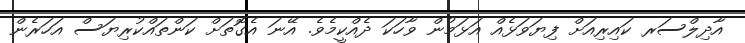
އާދިލްސަރ ކައިރިއަށް ފިޔަވަޅެއް އަޅަމުން ވާހަކަ ދެއްކީމެވެ. އޭނަ އެގޮތަށް ކަންތައްކުރިޔަސް އަހަރެން